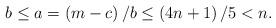
LaTeX: \begin{align*}b\leq a=\left( m-c\right) /b\leq\left( 4n+1\right) /5<n. \end{align*}